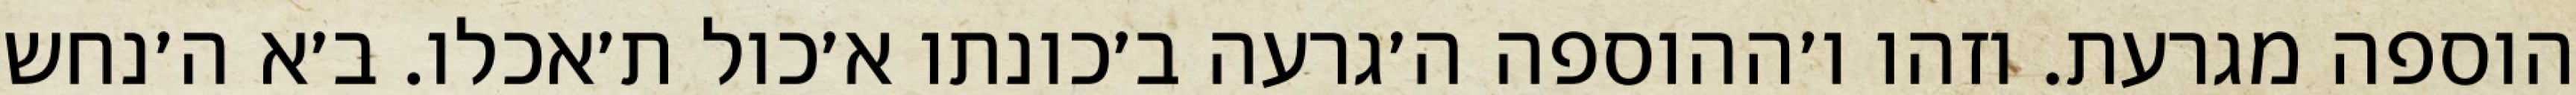
הוספה מגרעת. וזהו ו׳ההוספה ה׳גרעה ב׳כונתו א׳כול ת׳אכלו. ב׳א ה׳נחש